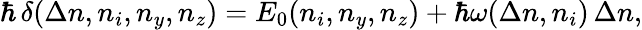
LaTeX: \hbar\, \delta(\Delta n,n_{i},n_{y},n_{z})=E_{0}(n_{i},n_{y},n_{z})+\hbar\omega(\Delta n,n_{i})\, \Delta n,